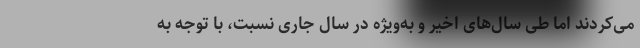
می‌کردند اما طی سال‌های اخیر و به‌ویژه در سال جاری نسبت، با توجه به